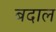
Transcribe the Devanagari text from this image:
बदाल